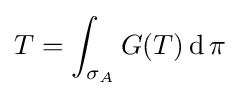
T=\int _{\sigma _{A}}G(T)\operatorname {d} \pi